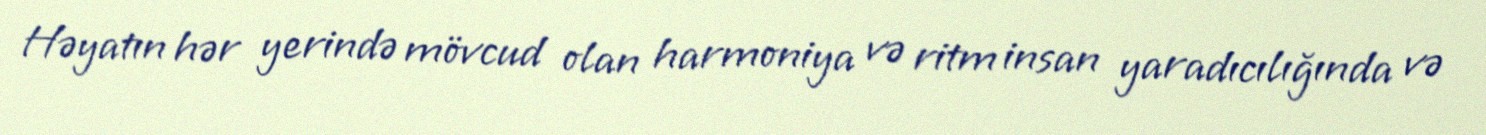
Həyatın hər yerində mövcud olan harmoniya və ritm insan yaradıcılığında və